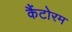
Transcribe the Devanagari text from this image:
कैंटोरम